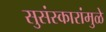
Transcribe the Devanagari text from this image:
सुसंस्कारांमुळे